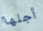
أجلها